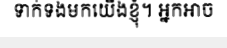
ទាក់ទងមកយើងខ្ញុំ។ អ្នកអាច